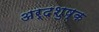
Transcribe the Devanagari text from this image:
अर्दशुष्क